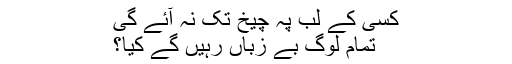
کسی کے لب پہ چیخ تک نہ آئے گی
تمام لوگ بے زباں رہیں گے کیا؟